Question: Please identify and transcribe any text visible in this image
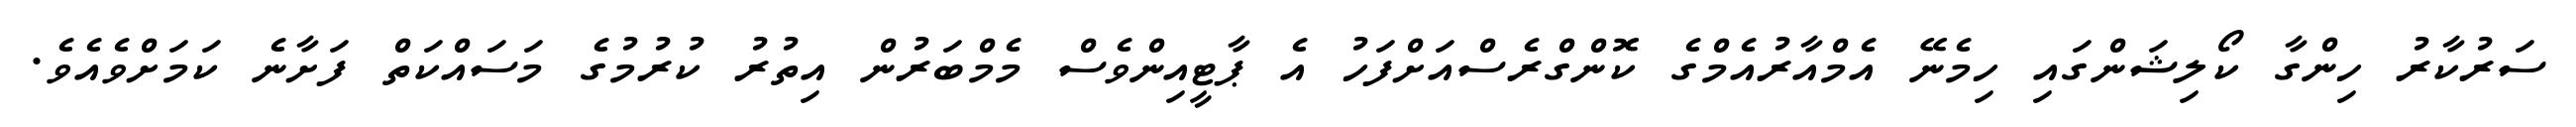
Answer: ސަރުކާރު ހިންގާ ކޯލިޝަންގައި ހިމެނޭ އެމްއާރުއެމްގެ ކޮންގްރެސްއަށްފަހު އެ ޕާޓީއިންވެސް މެމްބަރުން އިތުރު ކުރުމުގެ މަސައްކަތް ފަށާނެ ކަމަށްވެއެވެ.